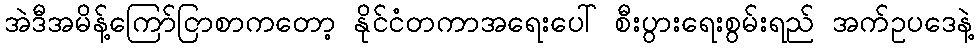
အဲဒီအမိန့်ကြော်ငြာစာကတော့ နိုင်ငံတကာအရေးပေါ် စီးပွားရေးစွမ်းရည် အက်ဥပဒေနဲ့